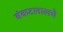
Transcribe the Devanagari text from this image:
बंकटलालचे